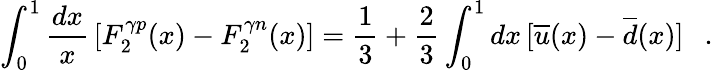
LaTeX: \int_{0}^{1}\frac{dx}{x}\, [F_{2}^{\gamma p}(x)-F_{2}^{\gamma n}(x)]=\frac{1}{3}+\frac{2}{3}\int_{0}^{1}dx\, [\overline{{u}}(x)-\overline{{d}}(x)]\ \ \ .